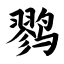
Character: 鹨